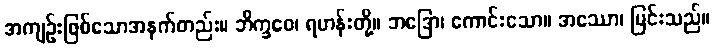
အကျဉ်းဖြစ်သောအနက်တည်း။ ဘိက္ခဝေ၊ ရဟန်းတို့။ ဘဒြော၊ ကောင်းသော။ အဿော၊ မြင်းသည်။